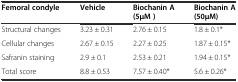
<table><thead><tr><td><b>Femoral condyle</b></td><td><b>Vehicle</b></td><td><b>Biochanin A (5μM )</b></td><td><b>Biochanin A (50μM)</b></td></tr></thead><tbody><tr><td>Structural changes</td><td>3.23 ± 0.31</td><td>2.76 ± 0.15</td><td>1.8 ± 0.1*</td></tr><tr><td>Cellular changes</td><td>2.67 ± 0.15</td><td>2.27 ± 0.25</td><td>1.87 ± 0.15*</td></tr><tr><td>Safranin staining</td><td>2.9 ± 0.1</td><td>2.53 ± 0.21</td><td>1.94 ± 0.15*</td></tr><tr><td>Total score</td><td>8.8 ± 0.53</td><td>7.57 ± 0.40*</td><td>5.6 ± 0.26*</td></tr></tbody></table>